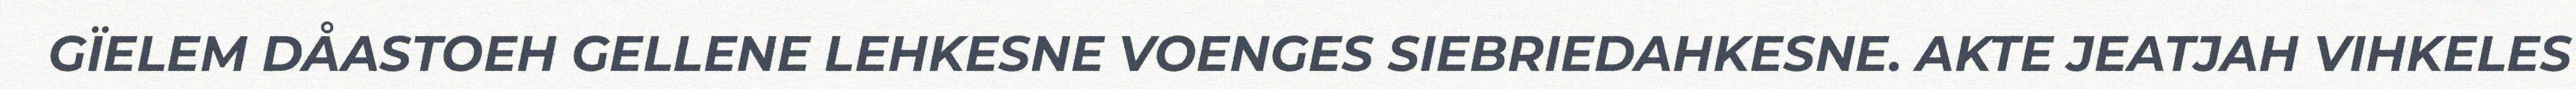
GÏELEM DÅASTOEH GELLENE LEHKESNE VOENGES SIEBRIEDAHKESNE. AKTE JEATJAH VIHKELES